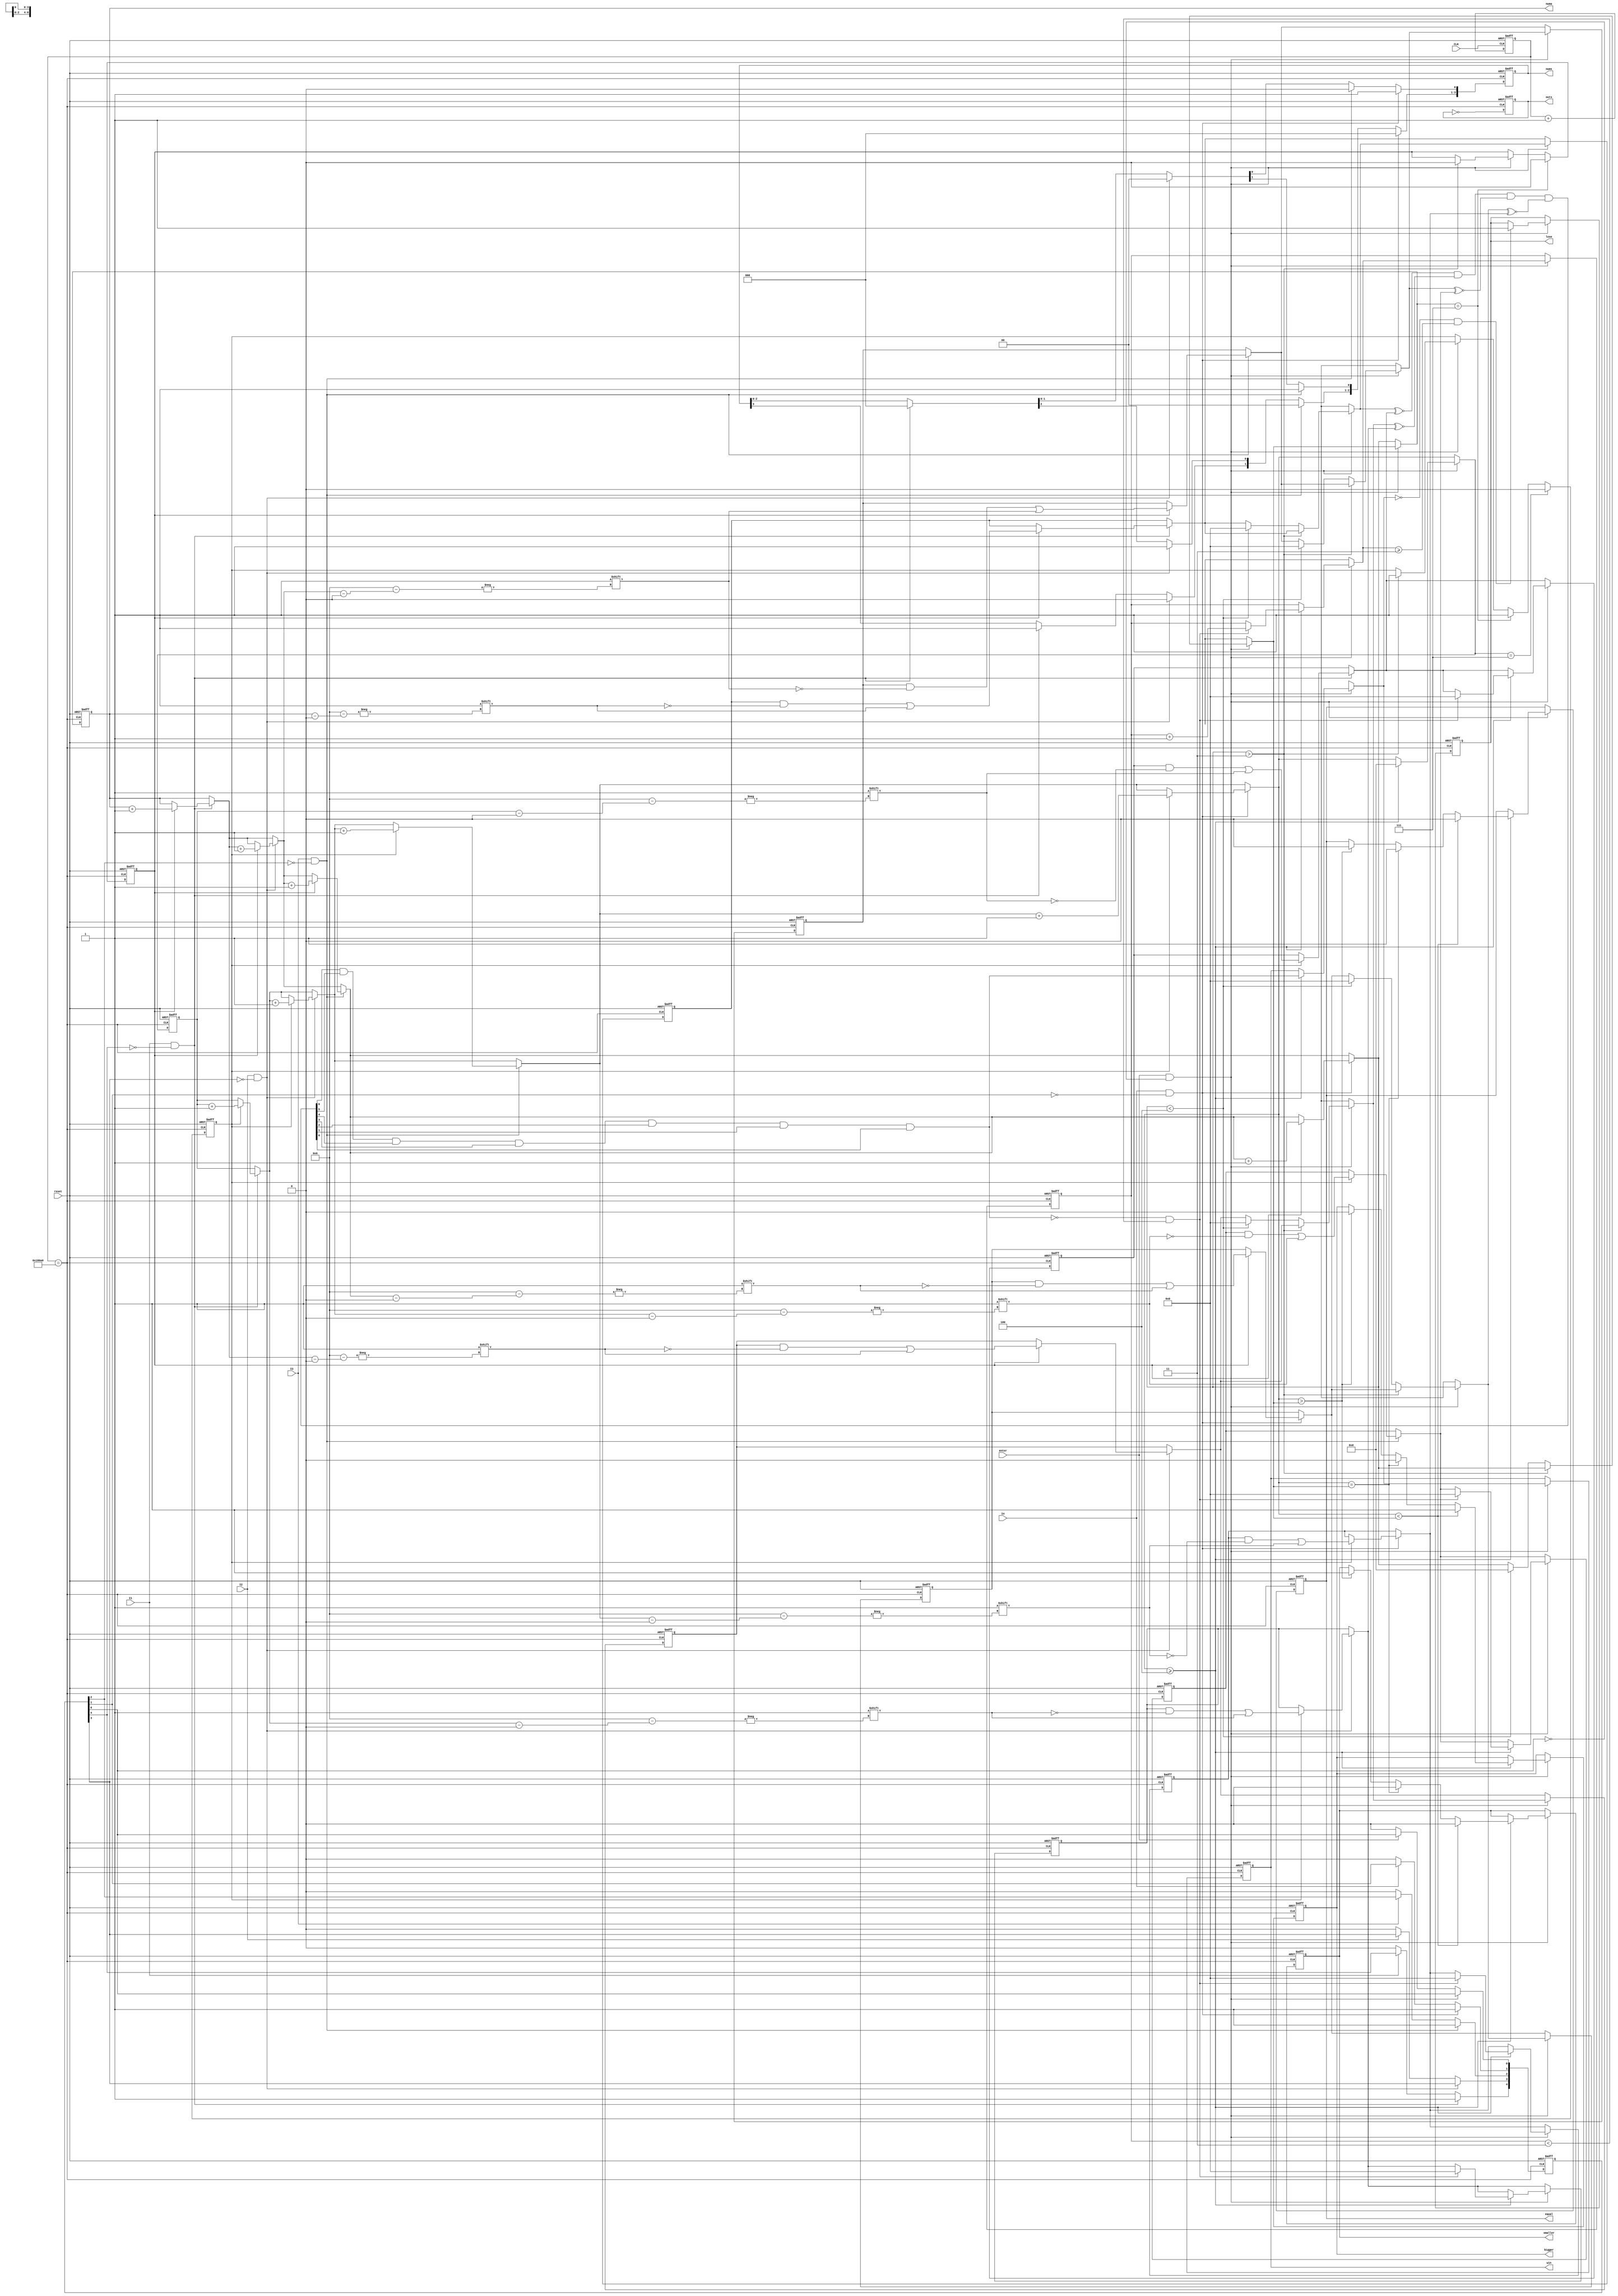
module test(I1,I2,I3,I4,enter,win,lose,reset,equal,bigger,smaller,nums,CLK,outs,numa);
	input CLK;
	wire good;
	output reg outs;
	reg[0:22] out;
	always @(posedge good or posedge reset) begin
		if(reset)
			outs = 0 ;
		else
			outs = ~outs;
	end
	always @(posedge CLK or posedge reset) begin
		if(reset)
			out = 0 ;
		else
			out = out + 1;
	end
	assign good = (out == 23'd100000);
	input I1, I2, I3, I4, enter,reset; 
	reg[0:6] a1,a2,a3,a4,suc,b1,b2,b3,b4;
	output reg[0:3] numa;
	reg[0:3] numb;
	output reg win,lose;
	output reg equal,bigger,smaller;
	reg runa,runb;
	reg [0:3] turn;
	output reg [0:3] nums;
	reg [0:4] ins;
	initial begin
		ins = 0;
		nums = 0;
		win = 0;
		suc = 0;
		runa = 1;
		runb = 0;
		lose = 0;
		equal = 0;
		bigger = 0;
		smaller = 0;
		a1 = 0;
		a2 = 0;
		a3 = 0;
		a4 = 0;
		b1 = 0;
		b2 = 0;
		b3 = 0;
		b4 = 0;
		numa = 0;
		numb = 0;
		turn = 0;
	end
	always @(posedge good or posedge reset) begin
		if(reset) begin
			win = 0;
			suc = 0;
			runa = 1;
			runb = 0;
			lose = 0;
			equal = 0;
			bigger = 0;
			smaller = 0;
			nums = 0;
			a1 = 0;
			a2 = 0;
			a3 = 0;
			a4 = 0;
			b1 = 0;
			b2 = 0;
			b3 = 0;
			b4 = 0;
			numa = 0;
			numb = 0;
			turn = 0;
			ins = 0;
		end
		else begin
			if(I1 & ~ins[0]) begin
				ins[0] = 1;
				nums = 0;
				nums[0] = 1;
				if(runa) begin
					a1[numa] = 1;
					numa = numa + 1;
				end
				if(runb) begin
					b1[numb] = 1;
					numb=numb + 1;
				end
			end
			else if(~I1)
				ins[0] = 0;
			if(I2 & ~ins[1]) begin
				nums = 0;
				nums[1] = 1;
				if(runa) begin
					a2[numa] = 1;
					numa=numa+1;
				end
				if(runb) begin
					b2[numb] = 1;
					numb=numb+1;
				end
			end
			else if(~I2)
				ins[1] = 0;
			if(I3 & ~ins[2]) begin
				nums = 0;
				ins[2] = 1;
				nums[2] = 1;
				if(runa) begin
					a3[numa] = 1;
					numa=numa+1;
				end
				if(runb) begin
					b3[numb] = 1;
					numb=numb+1;
				end
			end
			else if(~I3)
				ins[2] = 0;
			if(I4 & ~ins[3]) begin
				ins[3] = 1;
				nums = 0;
				nums[3] = 1;
				if(runa) begin
					a4[numa] = 1;
					numa=numa+1;
				end
				if(runb) begin
					b4[numb] = 1;
					numb=numb+1;
				end   
			end
			else if(~I4)
				ins[3] = 0;
			if(enter & ~ins[4]) begin
				if(numa > 3) begin
					runa = 0;
					runb = 1;
				end
				else if(numa < 4) begin
				  a1 = 0;
				  a2 = 0;
				  a3 = 0;
				  a4 = 0;
				  numa = 0;
				end
				if(numb >=4) begin
					suc = (a1~^b1)&(a2~^b2)&(a3~^b3)&(a4~^b4);
					win = suc[0]&suc[1]&suc[2]&suc[3]&suc[4]&suc[5]&suc[6];
					if((~win) & (turn <3)) begin
						turn=turn+1;
						b1=0;
						b2=0;
						b3=0;
						b4=0;
					end
					if(numb > numa) begin
						smaller = 1;
						bigger = 0;
						equal = 0;
					end
					if(numb == numa) begin
						smaller = 0;
						bigger = 0;
						equal = 1;
					end
					if(numb < numa) begin
						smaller = 0;
						bigger = 1;
						equal = 0;
					end
				  numb = 0;
				end 
				if((~win) & (turn >= 3))
					lose = 1;
			end
			else if(~enter)
				ins[4] = 0;
			begin
				if(numa == 7) begin
					runa = 0;
					runb = 1;
				end
				if(numb == 7)
					runb = 0;
			end
		end
	end
endmodule